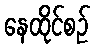
နေထိုင်စဉ်